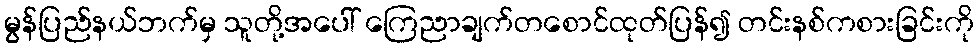
မွန်ပြည်နယ်ဘက်မှ သူတို့အပေါ် ကြေညာချက်တစောင်ထုတ်ပြန်၍ တင်းနစ်ကစားခြင်းကို